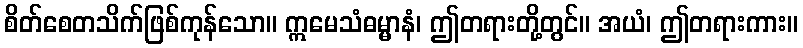
စိတ်စေတသိက်ဖြစ်ကုန်သော။ ဣမေသံဓမ္မာနံ၊ ဤတရားတို့တွင်။ အယံ၊ ဤတရားကား။